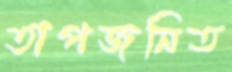
তাপজনিত